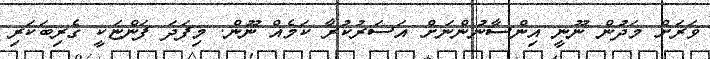
ވަރަށް މަދުން ނޫނީ އިންސާނުންނަށް އަސަރުކުރާ ކަމެއް ނޫން. މިފަދަ ފަންޏަކީ ގެރިބަކަރި